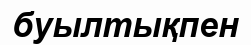
буылтықпен